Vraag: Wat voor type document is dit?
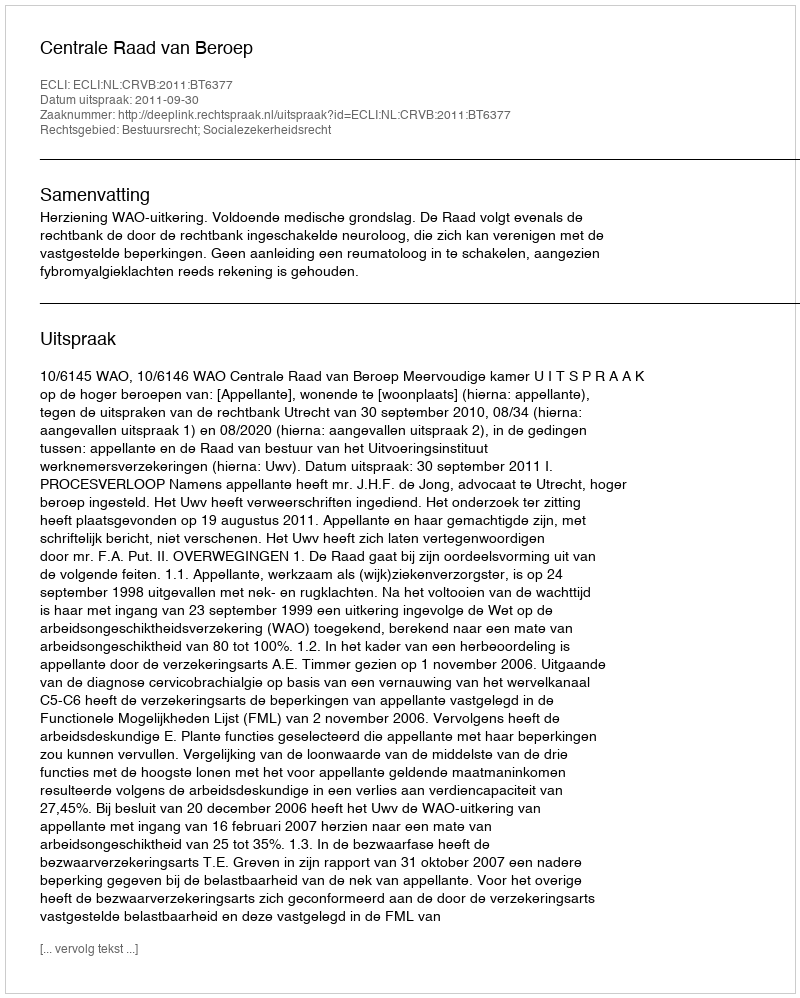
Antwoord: Uitspraak